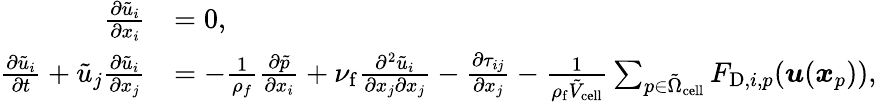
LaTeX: \begin{array}{rl}{\frac{\partial\tilde{u}_{i}}{\partial x_{i}}}&{=0,}\\ {\frac{\partial\tilde{u}_{i}}{\partial t}+\tilde{u}_{j}\frac{\partial\tilde{u}_{i}}{\partial x_{j}}}&{=-\frac{1}{\rho_{f}}\frac{\partial\tilde{p}}{\partial x_{i}}+\nu_{\mathrm{f}}\frac{\partial^{2}\tilde{u}_{i}}{\partial x_{j}\partial x_{j}}-\frac{\partial\tau_{ij}}{\partial x_{j}}-\frac{1}{\rho_{\mathrm{f}}\tilde{V}_{\mathrm{cell}}}\sum_{p\in\tilde{\Omega}_{\mathrm{cell}}}F_{\mathrm{D},i,p}(\boldsymbol{u}(\boldsymbol{x}_{p})),}\end{array}